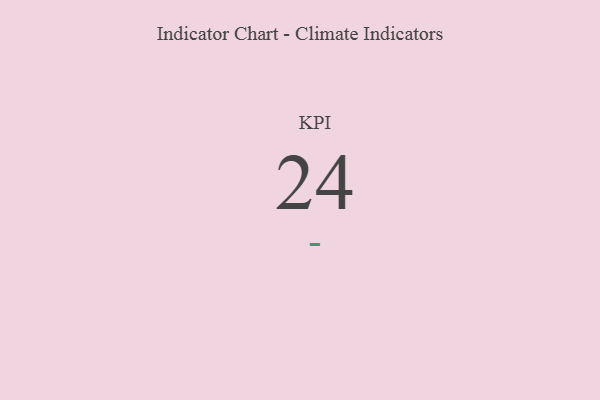
{"axis": {"x": "KPI", "y": "Value"}, "legend": [""], "data": [{"x": "KPI", "y": 24, "type": ""}]}